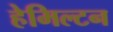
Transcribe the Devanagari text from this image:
हेमिल्‍टन